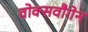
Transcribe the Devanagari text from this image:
वोक्सवौगेन